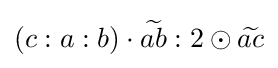
\left(c:a:b\right)\cdot {\widetilde {ab}}:2\odot {\widetilde {ac}}